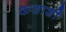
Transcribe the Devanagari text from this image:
कशाशीं